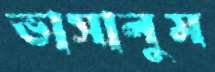
ভাসালুম